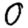
Digit: 0